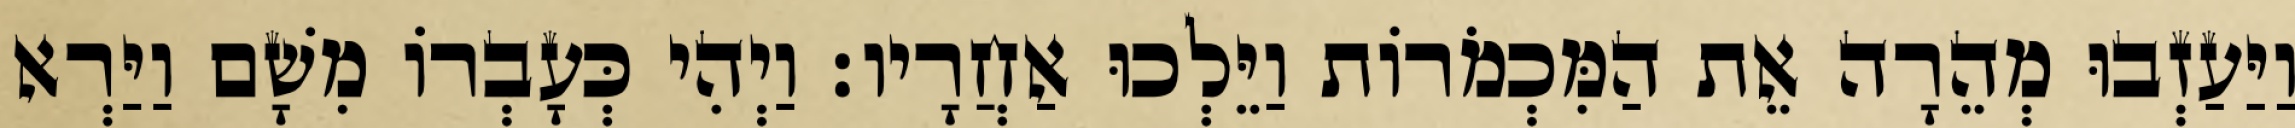
וַיַּעַזְבוּ מְהֵרָה אֵת הַמִּכְמֹרוֹת וַיֵּלְכוּ אַחֲרָיו׃ וַיְהִי כְּעָבְרוֹ מִשָׁם וַיַּרְא